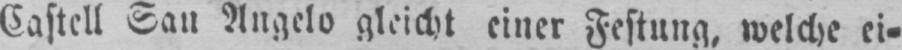
Castell San Angelo gleicht einer Festung, welche ei⸗